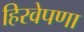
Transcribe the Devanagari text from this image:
हिरवेपणा